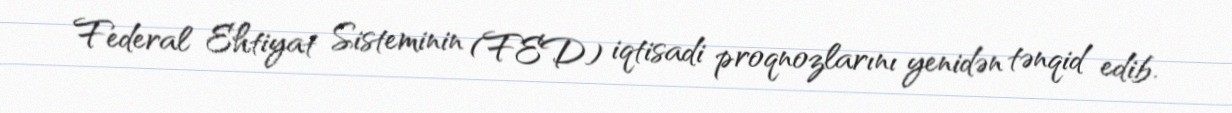
Federal Ehtiyat Sisteminin (FED) iqtisadi proqnozlarını yenidən tənqid edib.